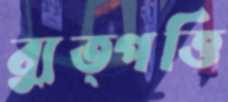
ব্যুত্পত্তি